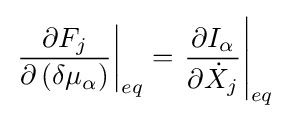
\left.{\frac {\partial F_{j}}{\partial \left(\delta \mu _{\alpha }\right)}}\right|_{eq}=\left.{\frac {\partial I_{\alpha }}{\partial {\dot {X}}_{j}}}\right|_{eq}